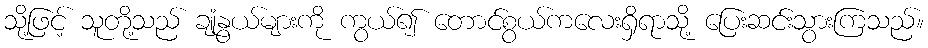
သို့ဖြင့် သူတို့သည် ချုံနွယ်များကို ကွယ်၍ တောင်စွယ်ကလေးရှိရာသို့ ပြေးဆင်းသွားကြသည်။